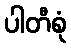
ပါတီစုံ